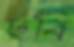
ছবি